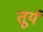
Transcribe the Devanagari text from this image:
तूर्य